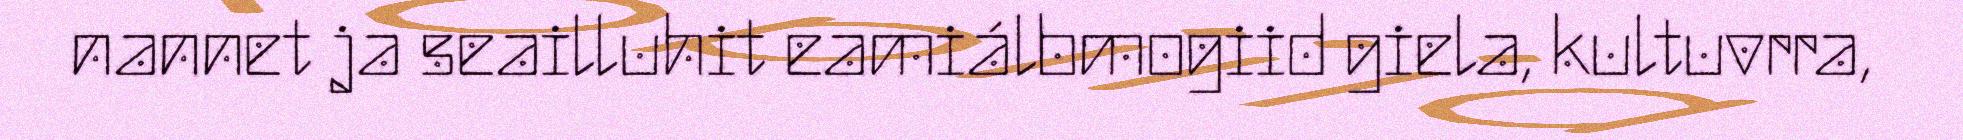
nannet ja seailluhit eamiálbmogiid giela, kultuvrra,